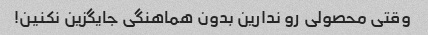
وقتی محصولی رو ندارین بدون هماهنگی جایگزین نکنین!